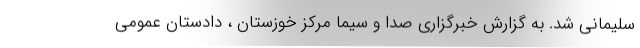
سلیمانی شد. به گزارش خبرگزاری صدا و سیما مرکز خوزستان ، دادستان عمومی